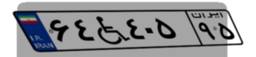
۶۴W۴۰۵۹۵